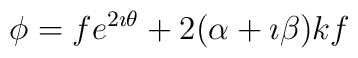
\phi = fe^ {2\imath\theta} + 2( \alpha + \imath \beta)k f